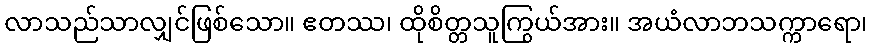
လာသည်သာလျှင်ဖြစ်သော။ ဧတဿ၊ ထိုစိတ္တသူကြွယ်အား။ အယံလာဘသက္ကာရော၊